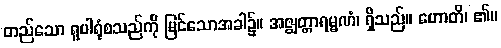
တည်သော ရူပါရုံစသည်ကို မြင်သောအခါ၌။ အဇ္ဈတ္တာရမ္မဏံ၊ ရှိသည်။ ဟောတိ၊ ၏။